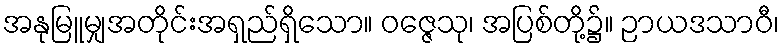
အနုမြူမျှအတိုင်းအရှည်ရှိသော။ ဝဇ္ဇေသု၊ အပြစ်တို့၌။ ဉာယဒသာဝီ၊